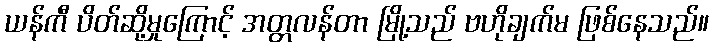
ယန်ကီ ပိတ်ဆို့မှုကြောင့် အတ္တလန်တာ မြို့သည် ဗဟိုချက်မ ဖြစ်နေသည်။